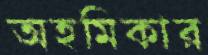
অহমিকার